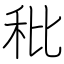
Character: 秕